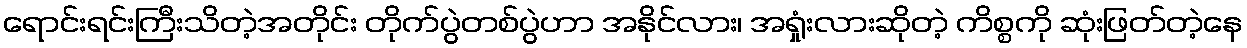
ရောင်းရင်းကြီးသိတဲ့အတိုင်း တိုက်ပွဲတစ်ပွဲဟာ အနိုင်လား၊ အရှုံးလားဆိုတဲ့ ကိစ္စကို ဆုံးဖြတ်တဲ့နေ